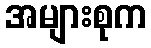
အများစုက